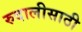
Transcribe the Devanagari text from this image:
रुदालीसाठी